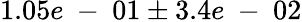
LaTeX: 1.05e\mathrm{~-~}01\pm 3.4e\mathrm{~-~}02